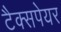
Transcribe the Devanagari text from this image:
टैक्सपेयर